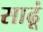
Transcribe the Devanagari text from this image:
साढूं